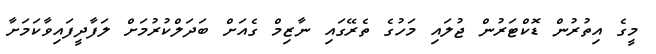
މީގެ އިތުުރުން ޑޮކްޓަރުން ޖުލައި މަހުގެ ތެރޭގައި ނާޒިމް ގެއަށް ބަދަލްކުރުމަށް ލަފާދީފައިވާކަމަށާ